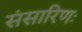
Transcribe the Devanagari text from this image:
संसारिणः